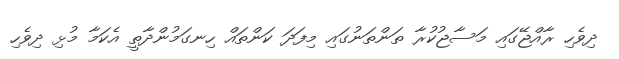
ދިވެހި ރާއްޖޭގައި މަސާޖުކުރާ ތަންތަނުގައި މިފަދަ ކަންތައް ހިނގަމުންދާތީ އެކަމާ މުޅި ދިވެހި